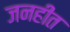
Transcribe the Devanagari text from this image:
जनहीत